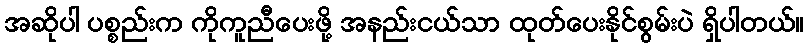
အဆိုပါ ပစ္စည်းက ကိုကူညီပေးဖို့ အနည်းငယ်သာ ထုတ်ပေးနိုင်စွမ်းပဲ ရှိပါတယ်။